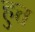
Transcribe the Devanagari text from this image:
हुत्त